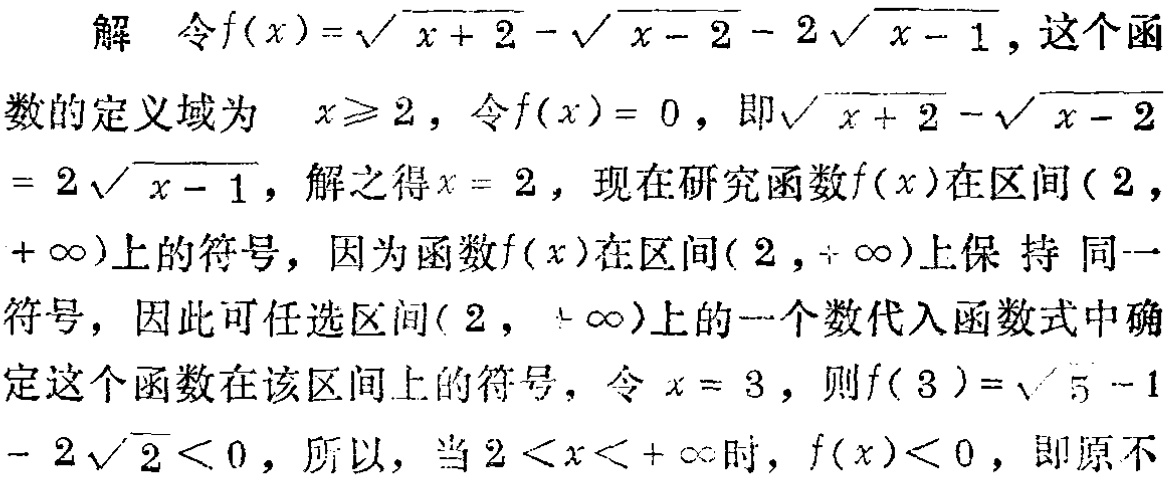
解 令\(f(x)=\sqrt{x + 2}-\sqrt{x - 2}-2\sqrt{x - 1}\)，这个函
数的定义域为 \(x\geqslant 2\)，令\(f(x)=0\)，即\(\sqrt{x + 2}-\sqrt{x - 2}\)
\(=2\sqrt{x - 1}\)，解之得\(x = 2\)，现在研究函数\(f(x)\)在区间\((2,\)
\(+\infty)\)上的符号，因为函数\(f(x)\)在区间\((2,+\infty)\)上保 持 同一
符号，因此可任选区间\((2,+\infty)\)上的一个数代入函数式中确
定这个函数在该区间上的符号，令 \(x = 3\)，则\(f(3)=\sqrt{5}-1\)
\(-2\sqrt{2}<0\)，所以，当\(2<x<+\infty\)时，\(f(x)<0\)，即原不